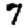
Digit: 7